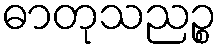
ဓာတုသညဉ္စ